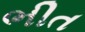
ભીત